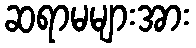
ဆရာမများအား